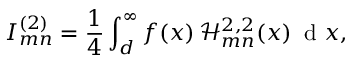
I _ { m n } ^ { ( 2 ) } = \frac { 1 } { 4 } \int _ { d } ^ { \infty } f ( x ) \, \mathcal { H } _ { m n } ^ { 2 , 2 } ( x ) \, \textrm { d } x ,